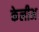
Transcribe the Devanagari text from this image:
केलीअ